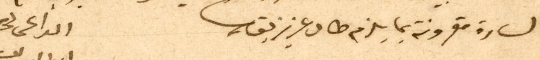
السارة مقرونة بما يلزم طال عزيز بقاك الداعى